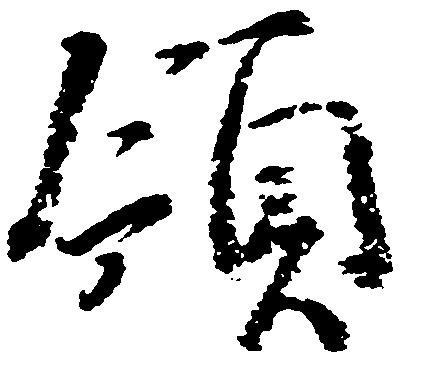
領